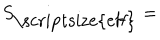
LaTeX: S _ { \mathrm { \scriptsize { e f f } } } =